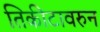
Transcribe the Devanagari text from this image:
तिकीटावरुन